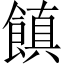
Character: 𩝻